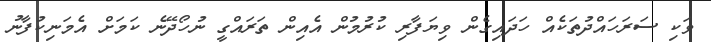
ވަކި ސަރަހައްދުތަކެއް ހަދައިގެން ވިޔަފާރި ކުރުމުން އެއިން ތަރައްގީ ނުހޯދޭނެ ކަމަށް އެމަނިކުފާނު